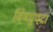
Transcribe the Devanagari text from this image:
विष्‍णुपदा